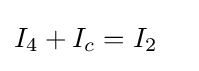
{\begin{aligned}I_{4}+I_{c}&=I_{2}\end{aligned}}